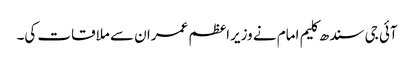
آئی جی سندھ کلیم امام نے وزیراعظم عمران سے ملاقات کی۔